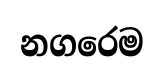
නගරෙම